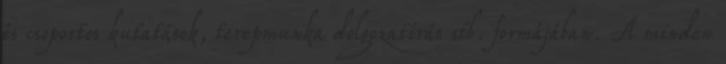
és csoportos kutatások, terepmunka dolgozatírás stb. formájában. A minden